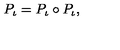
P _ { \iota } = P _ { \iota } \circ P _ { \iota } ,